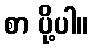
စာ ပို့ပါ။